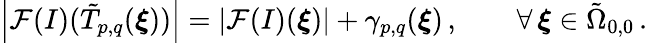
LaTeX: \left\vert\mathcal{F}(I)(\tilde{T}_{p,q}(\boldsymbol{\xi}))\right\vert=\left\vert\mathcal{F}(I)(\boldsymbol{\xi})\right\vert+\gamma_{p,q}(\boldsymbol{\xi})\, ,\qquad\forall\, \boldsymbol{\xi}\in\tilde{\Omega}_{0,0}\, .